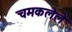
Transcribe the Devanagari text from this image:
चमकलेले